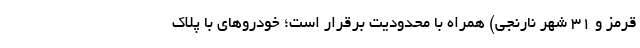
قرمز و 31 شهر نارنجی) همراه با محدودیت برقرار است؛ خودروهای با پلاک